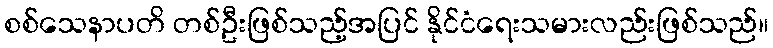
စစ်သေနာပတိ တစ်ဦးဖြစ်သည့်အပြင် နိုင်ငံရေးသမားလည်းဖြစ်သည်။